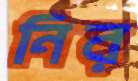
নির